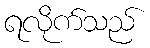
ရလိုက်သည်